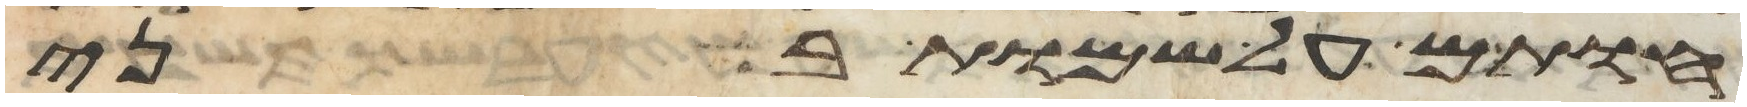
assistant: חותם על שמות בני